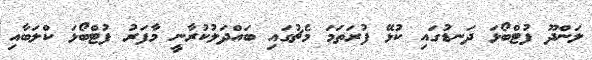
ލަންދޫ ފުޓްބޯޅަ ދަނޑުގައި ކުޅޭ ފުރަތަމަ މެޗުގައި ބައްދަލުކުރާނީ މާފަރު ފުޓްބޯޅަ ކްލަބާއި